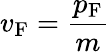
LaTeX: v_{\mathrm{F}}={\frac{p_{\mathrm{F}}}{m}}